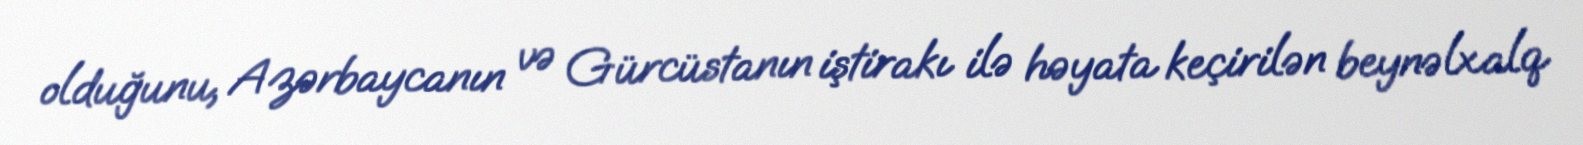
olduğunu, Azərbaycanın və Gürcüstanın iştirakı ilə həyata keçirilən beynəlxalq